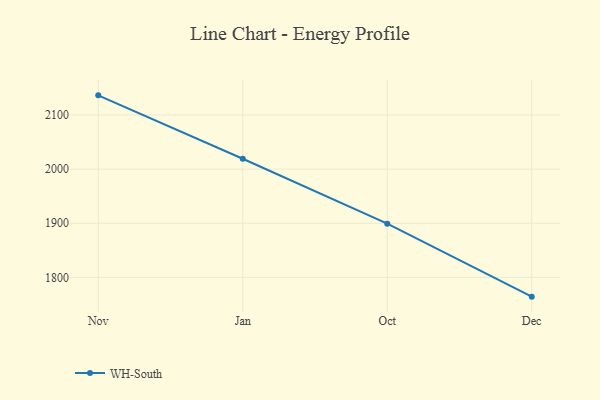
{"axis": {"x": "Month", "y": "Energy Usage (MWh)"}, "legend": ["WH-South"], "data": [{"x": "Nov", "y": 2136.3, "type": "WH-South"}, {"x": "Jan", "y": 2019.2, "type": "WH-South"}, {"x": "Oct", "y": 1899.2, "type": "WH-South"}, {"x": "Dec", "y": 1764.4, "type": "WH-South"}]}